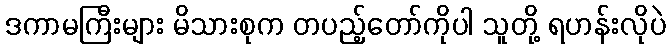
ဒကာမကြီးများ မိသားစုက တပည့်တော်ကိုပါ သူတို့ ရဟန်းလိုပဲ